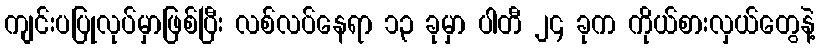
ကျင်းပပြုလုပ်မှာဖြစ်ပြီး လစ်လပ်နေရာ ၁၃ ခုမှာ ပါတီ ၂၄ ခုက ကိုယ်စားလှယ်တွေနဲ့